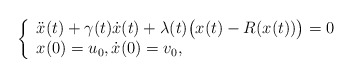
\begin{align*}\left\{\begin{array}{ll}\ddot x(t) + \gamma(t) \dot x(t) + \lambda(t)\big(x(t)-R(x(t))\big)=0\\x(0)=u_0, \dot x(0)=v_0,\end{array}\right.\end{align*}